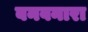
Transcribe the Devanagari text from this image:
बनवनारा